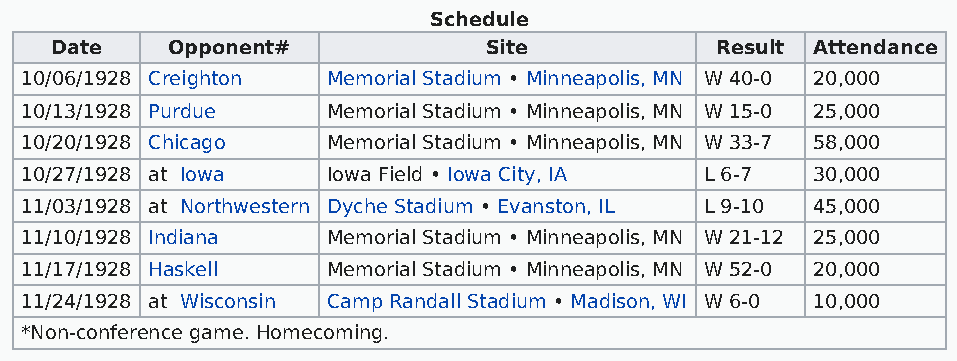
Schedule
 Date    Opponent#            Site           Result Attendance
 10/06/1928 Creighton Memorial Stadium • Minneapolis, MN W 40-0 20,000
 10/13/1928 Purdue    Memorial Stadium • Minneapolis, MN W 15-0 25,000
 10/20/1928 Chicago   Memorial Stadium • Minneapolis, MN W 33-7 58,000
 10/27/1928 at Iowa   Iowa Field • Iowa City, IA L 6-7 30,000
 11/03/1928 at Northwestern Dyche Stadium • Evanston, IL L 9-10 45,000
 11/10/1928 Indiana   Memorial Stadium • Minneapolis, MN W 21-12 25,000
 11/17/1928 Haskell   Memorial Stadium • Minneapolis, MN W 52-0 20,000
 11/24/1928 at Wisconsin Camp Randall Stadium • Madison, WI W 6-0 10,000
 *Non-conference game. Homecoming.